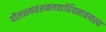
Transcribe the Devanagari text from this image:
पौलस्त्यवंशबलवार्धिवनावनस्य